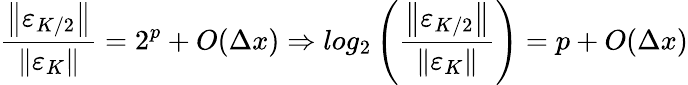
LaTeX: \frac{\left\| \varepsilon_{K/2}\right\| }{\left\| \varepsilon_{K}\right\| }=2^{p}+O(\Delta x)\Rightarrow log_{2}\left(\frac{\left\| \varepsilon_{K/2}\right\| }{\left\| \varepsilon_{K}\right\| }\right)=p+O(\Delta x)